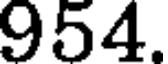
954.